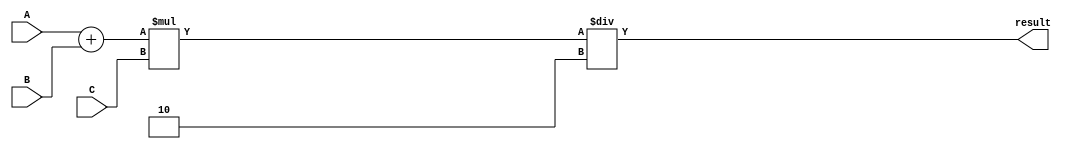
module triple_precision_fp_unit (
    input wire [63:0] A,
    input wire [63:0] B,
    input wire [63:0] C,
    
    output reg [63:0] result
);

reg [63:0] temp1;
reg [63:0] temp2;

always @(*)
begin
    temp1 = A + B;
    temp2 = temp1 * C;
    
    result = temp2 / 2;
end

endmodule